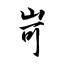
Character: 岢